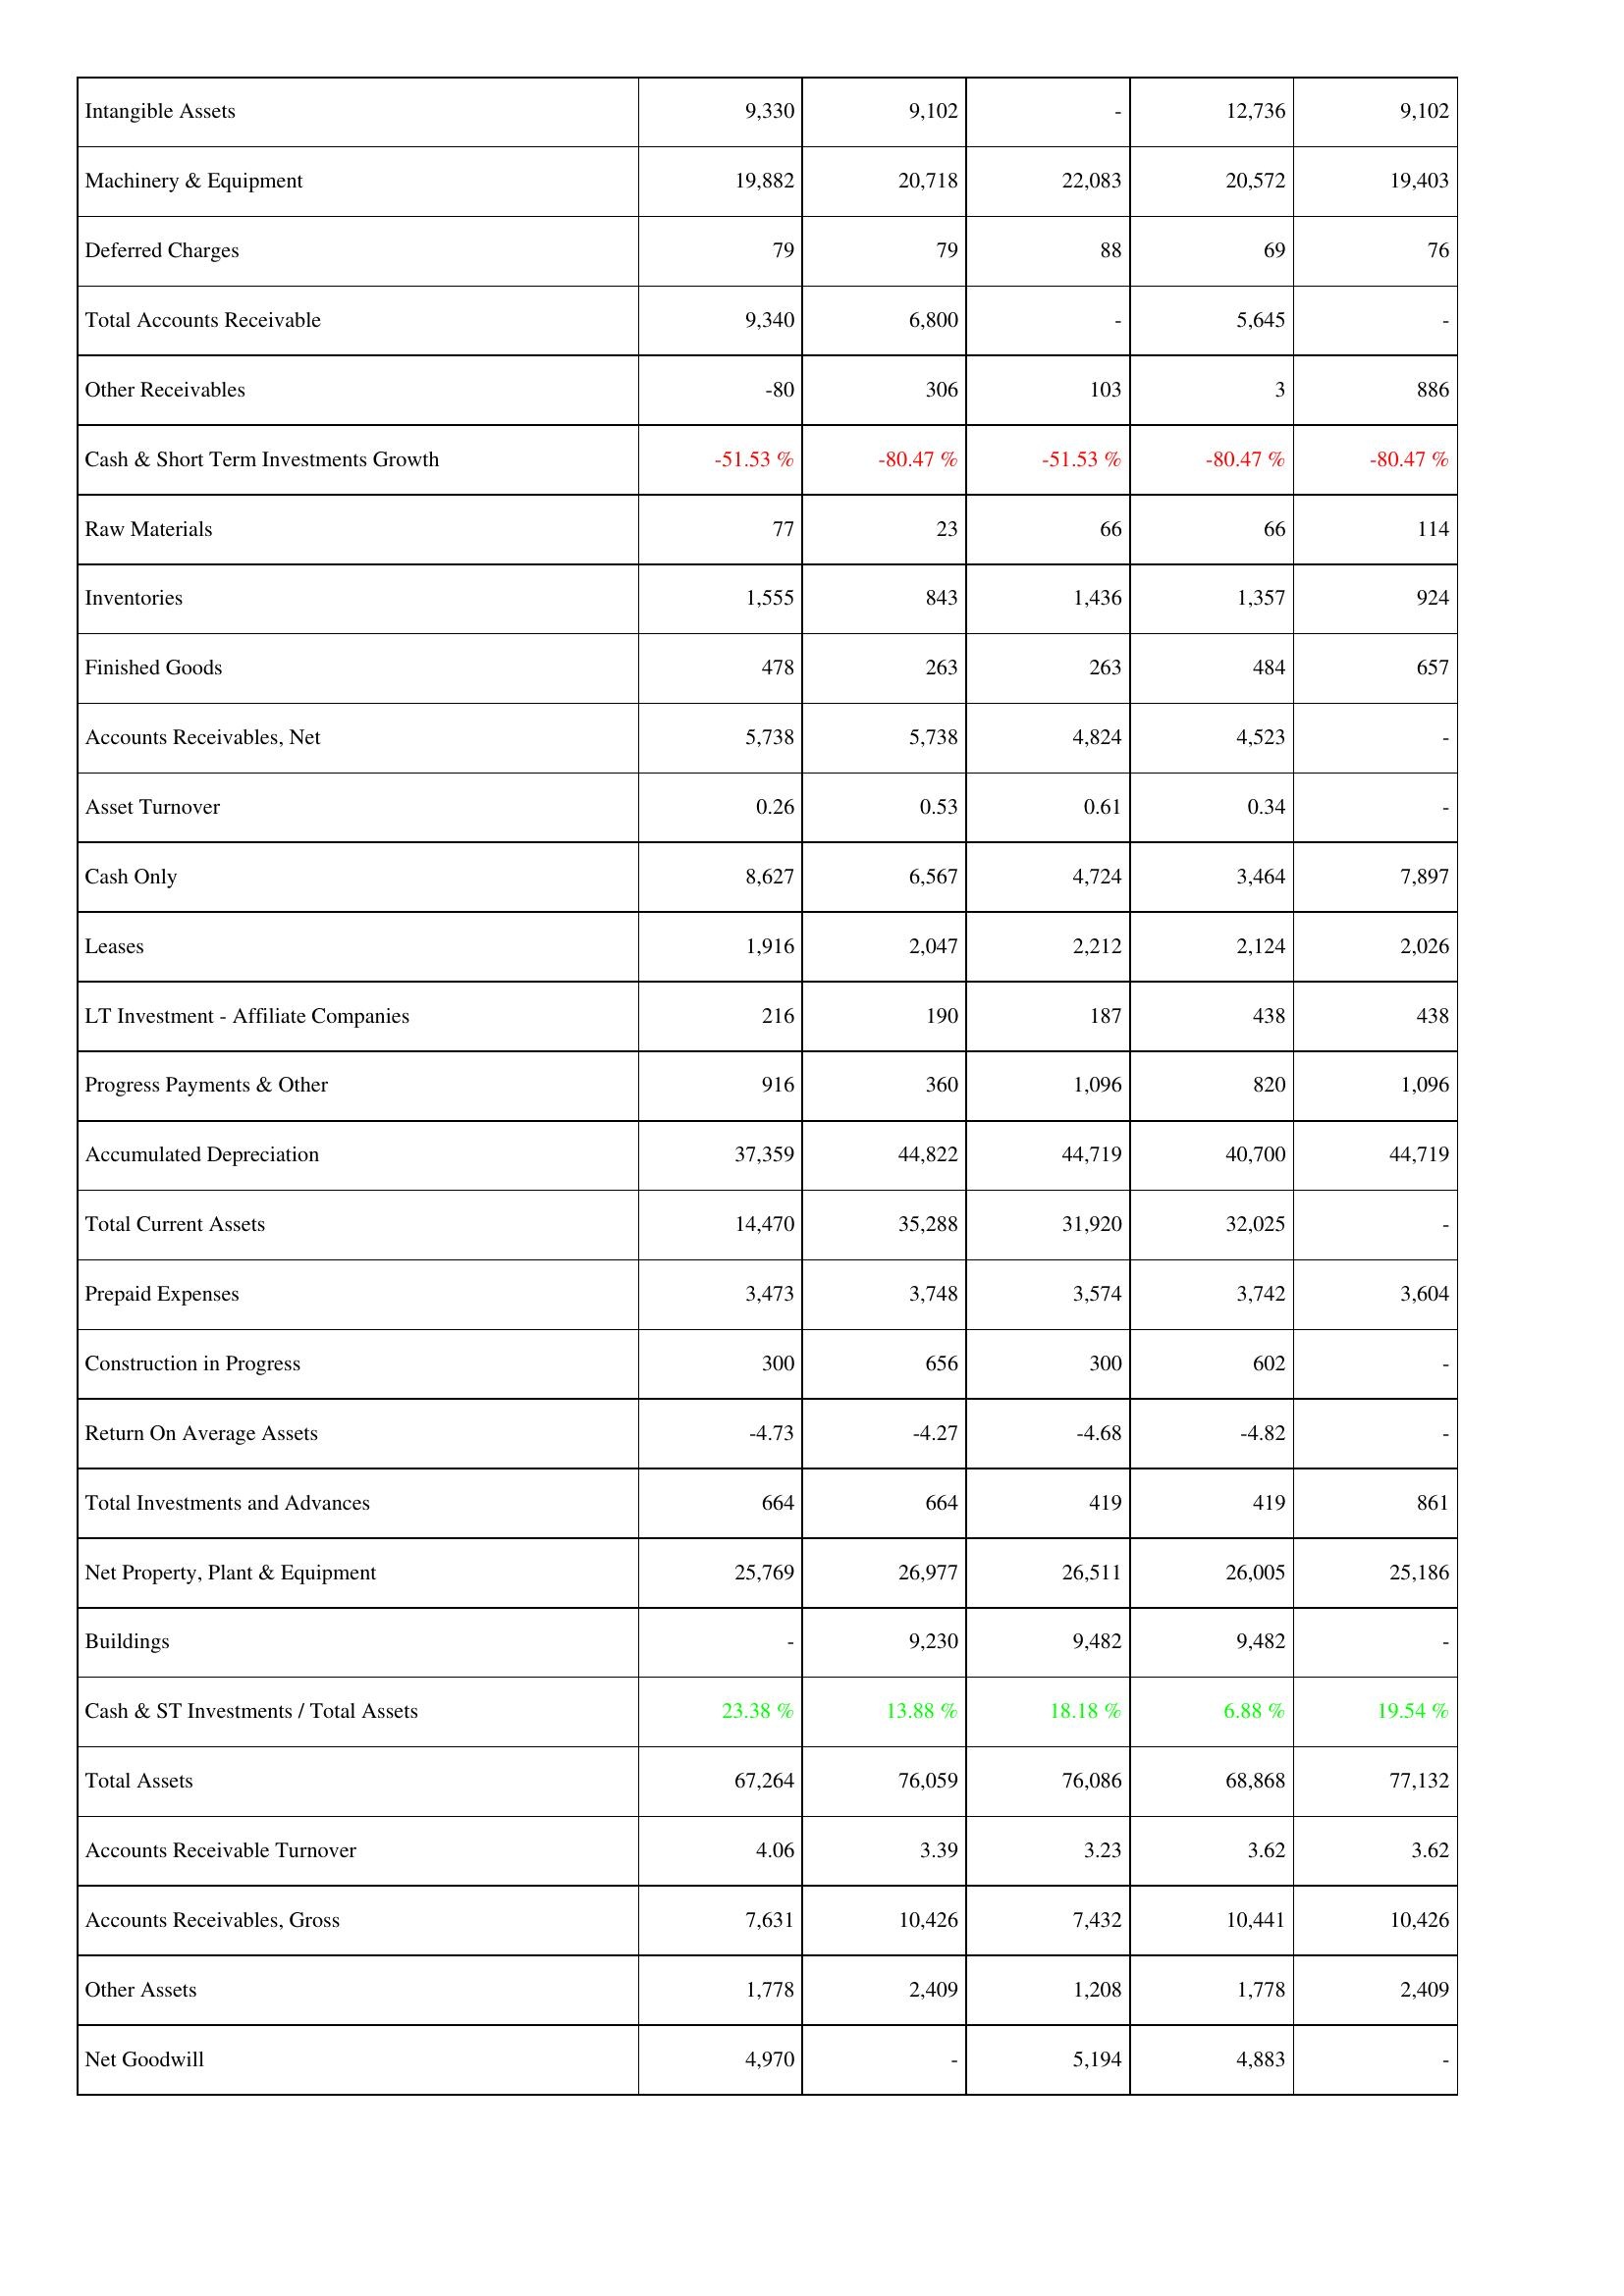
2017: Assets: Intangible Assets: 9,330
Machinery & Equipment: 19,882
Deferred Charges: 79
Total Accounts Receivable: 9,340
Other Receivables: -80
Cash & Short Term Investments Growth: -51.53 %
Raw Materials: 77
Inventories: 1,555
Finished Goods: 478
Accounts Receivables, Net: 5,738
Asset Turnover: 0.26
Cash Only: 8,627
Leases: 1,916
LT Investment - Affiliate Companies: 216
Progress Payments & Other: 916
Accumulated Depreciation: 37,359
Total Current Assets: 14,470
Prepaid Expenses: 3,473
Construction in Progress: 300
Return On Average Assets: -4.73
Total Investments and Advances: 664
Net Property, Plant & Equipment: 25,769
Buildings: -
Cash & ST Investments / Total Assets: 23.38 %
Total Assets: 67,264
Accounts Receivable Turnover: 4.06
Accounts Receivables, Gross: 7,631
Other Assets: 1,778
Net Goodwill: 4,970
2018: Assets: Intangible Assets: 9,102
Machinery & Equipment: 20,718
Deferred Charges: 79
Total Accounts Receivable: 6,800
Other Receivables: 306
Cash & Short Term Investments Growth: -80.47 %
Raw Materials: 23
Inventories: 843
Finished Goods: 263
Accounts Receivables, Net: 5,738
Asset Turnover: 0.53
Cash Only: 6,567
Leases: 2,047
LT Investment - Affiliate Companies: 190
Progress Payments & Other: 360
Accumulated Depreciation: 44,822
Total Current Assets: 35,288
Prepaid Expenses: 3,748
Construction in Progress: 656
Return On Average Assets: -4.27
Total Investments and Advances: 664
Net Property, Plant & Equipment: 26,977
Buildings: 9,230
Cash & ST Investments / Total Assets: 13.88 %
Total Assets: 76,059
Accounts Receivable Turnover: 3.39
Accounts Receivables, Gross: 10,426
Other Assets: 2,409
Net Goodwill: -
2019: Assets: Intangible Assets: -
Machinery & Equipment: 22,083
Deferred Charges: 88
Total Accounts Receivable: -
Other Receivables: 103
Cash & Short Term Investments Growth: -51.53 %
Raw Materials: 66
Inventories: 1,436
Finished Goods: 263
Accounts Receivables, Net: 4,824
Asset Turnover: 0.61
Cash Only: 4,724
Leases: 2,212
LT Investment - Affiliate Companies: 187
Progress Payments & Other: 1,096
Accumulated Depreciation: 44,719
Total Current Assets: 31,920
Prepaid Expenses: 3,574
Construction in Progress: 300
Return On Average Assets: -4.68
Total Investments and Advances: 419
Net Property, Plant & Equipment: 26,511
Buildings: 9,482
Cash & ST Investments / Total Assets: 18.18 %
Total Assets: 76,086
Accounts Receivable Turnover: 3.23
Accounts Receivables, Gross: 7,432
Other Assets: 1,208
Net Goodwill: 5,194
2020: Assets: Intangible Assets: 12,736
Machinery & Equipment: 20,572
Deferred Charges: 69
Total Accounts Receivable: 5,645
Other Receivables: 3
Cash & Short Term Investments Growth: -80.47 %
Raw Materials: 66
Inventories: 1,357
Finished Goods: 484
Accounts Receivables, Net: 4,523
Asset Turnover: 0.34
Cash Only: 3,464
Leases: 2,124
LT Investment - Affiliate Companies: 438
Progress Payments & Other: 820
Accumulated Depreciation: 40,700
Total Current Assets: 32,025
Prepaid Expenses: 3,742
Construction in Progress: 602
Return On Average Assets: -4.82
Total Investments and Advances: 419
Net Property, Plant & Equipment: 26,005
Buildings: 9,482
Cash & ST Investments / Total Assets: 6.88 %
Total Assets: 68,868
Accounts Receivable Turnover: 3.62
Accounts Receivables, Gross: 10,441
Other Assets: 1,778
Net Goodwill: 4,883
2021: Assets: Intangible Assets: 9,102
Machinery & Equipment: 19,403
Deferred Charges: 76
Total Accounts Receivable: -
Other Receivables: 886
Cash & Short Term Investments Growth: -80.47 %
Raw Materials: 114
Inventories: 924
Finished Goods: 657
Accounts Receivables, Net: -
Asset Turnover: -
Cash Only: 7,897
Leases: 2,026
LT Investment - Affiliate Companies: 438
Progress Payments & Other: 1,096
Accumulated Depreciation: 44,719
Total Current Assets: -
Prepaid Expenses: 3,604
Construction in Progress: -
Return On Average Assets: -
Total Investments and Advances: 861
Net Property, Plant & Equipment: 25,186
Buildings: -
Cash & ST Investments / Total Assets: 19.54 %
Total Assets: 77,132
Accounts Receivable Turnover: 3.62
Accounts Receivables, Gross: 10,426
Other Assets: 2,409
Net Goodwill: -